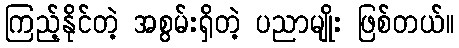
ကြည့်နိုင်တဲ့ အစွမ်းရှိတဲ့ ပညာမျိုး ဖြစ်တယ်။